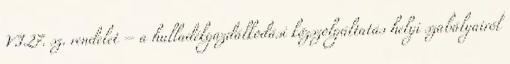
VI.27. sz. rendelet – a hulladékgazdálkodási közszolgáltatás helyi szabályairól